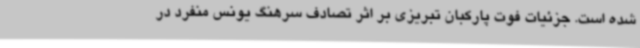
شده است. جزئیات فوت پارکبان تبریزی بر اثر تصادف سرهنگ یونس منفرد در